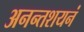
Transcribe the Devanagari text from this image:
अनन्तशयनं